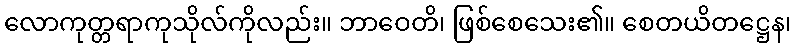
လောကုတ္တရာကုသိုလ်ကိုလည်း။ ဘာဝေတိ၊ ဖြစ်စေသေး၏။ စေတယိတဋ္ဌေန၊